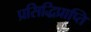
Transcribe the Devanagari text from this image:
प्रसिद्धिप्राप्ति